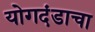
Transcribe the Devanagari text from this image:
योगदंडाचा